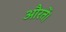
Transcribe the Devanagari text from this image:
औरतें।